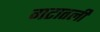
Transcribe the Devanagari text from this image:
गटातली